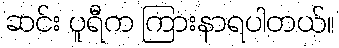
ဆင်း ပူရီက ကြားနာရပါတယ်။